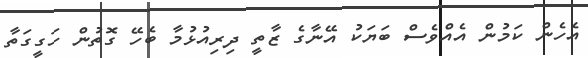
އެހެން ކަމުން އެއްވެސް ބަޔަކު އޭނާގެ ޒާތީ ދިރިއުޅުމާ ބެހޭ ގޮތުން ހަގީގަތާ